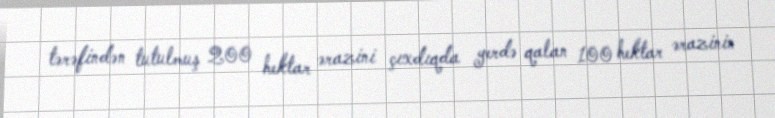
tərəfindən tutulmuş 200 hektar ərazini çıxdıqda yerdə qalan 100 hektar ərazinin